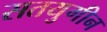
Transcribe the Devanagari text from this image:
सतयुगीन